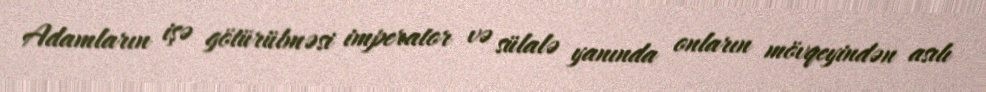
Adamların işə götürülməsi imperator və sülalə yanında onların mövqeyindən asılı